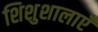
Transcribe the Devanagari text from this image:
शिशुशालाएँ